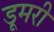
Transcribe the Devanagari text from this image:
डूमरी